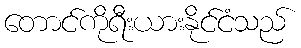
တောင်ကိုရီးယားနိုင်ငံသည်